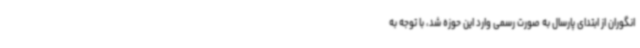
انگوران از ابتدای پارسال به صورت رسمی‌ وارد این حوزه شد، با توجه به